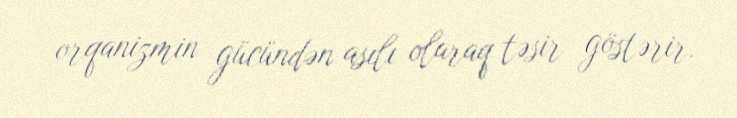
orqanizmin gücündən asılı olaraq təsir göstərir.